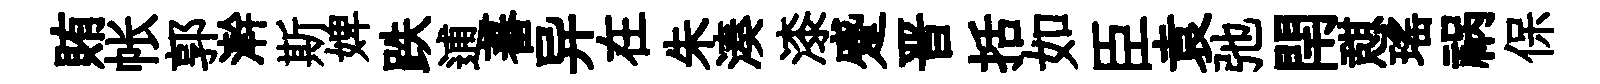
賄帐郭澣斯婢跌逋蕃异在朱湊漆蹙晋括如臣袁弛閈憇瑤祸保